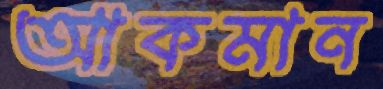
আকমান